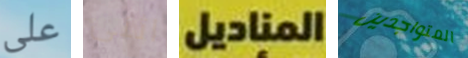
على اثنى المناديل المتواجدين